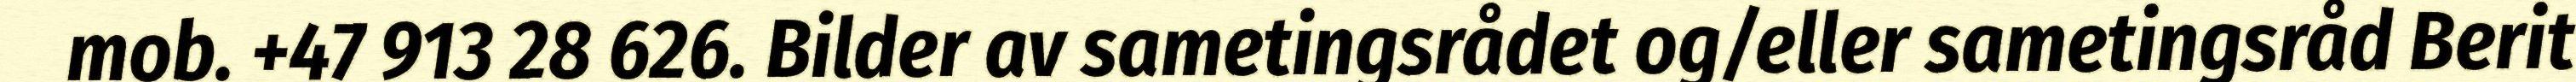
mob. +47 913 28 626. Bilder av sametingsrådet og/eller sametingsråd Berit